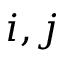
i , j